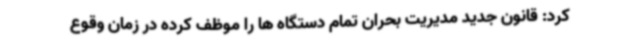
کرد: قانون جدید مدیریت بحران تمام دستگاه ها را موظف کرده در زمان وقوع